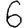
Digit: 6